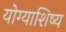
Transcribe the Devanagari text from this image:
योग्याशिष्य